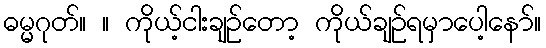
ဓမ္မဂုတ်။ ။ ကိုယ့်ငါးချဉ်တော့ ကိုယ်ချဉ်ရမှာပေါ့နော်။